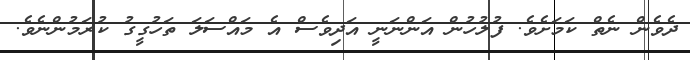
ދެވެން ނެތް ކަމަށެވެ. ފުލުހުން އަންނަނީ އަދިވެސް އެ މައްސަލަ ތަހުގީގު ކުރަމުންނެވެ.